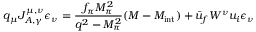
q _ { \mu } J _ { A , \gamma } ^ { \mu , \nu } \epsilon _ { \nu } = \frac { f _ { \pi } M _ { \pi } ^ { 2 } } { q ^ { 2 } - M _ { \pi } ^ { 2 } } ( { \cal M } - { \cal M } _ { \mathrm { i n t } } ) + \bar { u } _ { f } { \cal W ^ { \nu } } u _ { i } \epsilon _ { \nu }